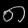
Digit: ၈